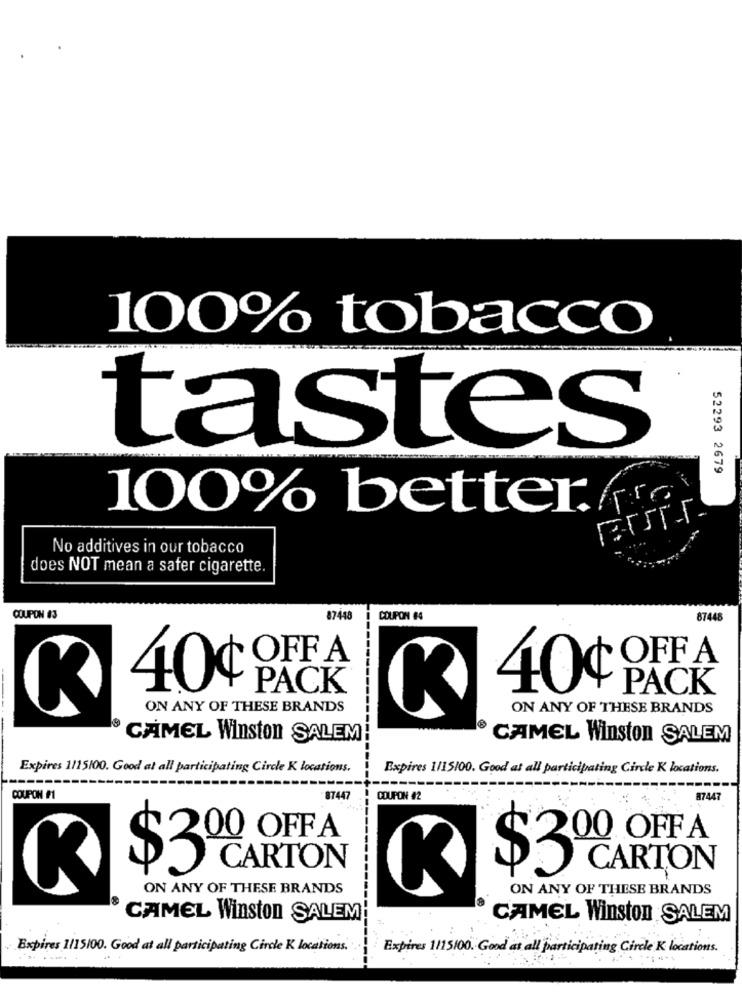
100% tobacco
tastes
52293 2679
100% better.
No additives in our tobacco
does NOT mean a safer cigarette.
COUPON #3
87448
COUPON #4
87448
OFF A
40¢ OFF A
40¢
PACK
PACK
K
ON ANY OF THESE BRANDS
ON ANY OF THESE BRANDS
CAMEL Winston SALEM!
CAMEL Winston SALEM
Expires 1/15100. Good at all participating Circle K locations.
Expires 1/15100. Good at all participating Circle K locations.
COUPON #1
87447
COUPON #2
87447
200 OFFA
200 OFF A
CARTON
-------
CARTON
$3
$3
K
ON ANY OF THESE BRANDS
K
ON ANY OF THESE BRANDS
CAMEL Winston SALEM
CAMEL Winston SALEM
Expires 1/15100. Good at all participating Circle K locations.
Expires 1/15100. Good at all participating Circle K locations.